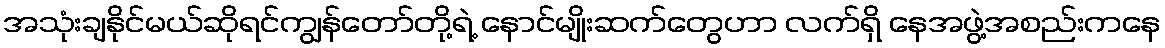
အသုံးချနိုင်မယ်ဆိုရင်ကျွန်တော်တို့ရဲ့ နောင်မျိုးဆက်တွေဟာ လက်ရှိ နေအဖွဲ့အစည်းကနေ